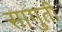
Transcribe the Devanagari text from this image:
सागुती